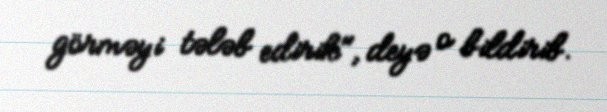
görməyi tələb edirik", deyə o bildirib.